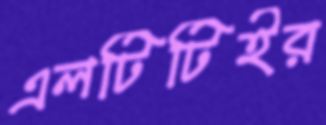
এলটিটিইর